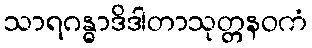
သာရဂန္ဓာဒိဒါတာသုတ္တနဝကံ